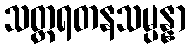
သတ္တရတနသမ္ပန္နာ